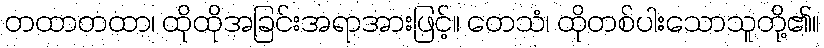
တထာတထာ၊ ထိုထိုအခြင်းအရာအားဖြင့်။ တေသံ၊ ထိုတစ်ပါးသောသူတို့၏။